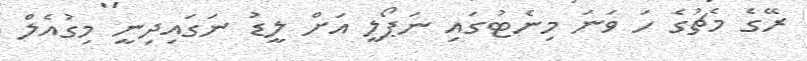
ރޭގެ މެޗުގެ ހަ ވަނަ މިނެޓުގައި ނަޕޯލީ އަށް ލީޑު ނަގައިދިނީ މިގުއެލް